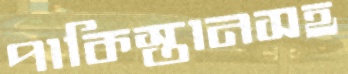
পাকিস্তানসহ